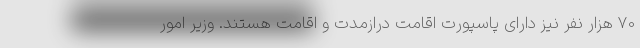
70 هزار نفر نیز دارای پاسپورت اقامت درازمدت و اقامت هستند. وزیر امور